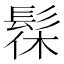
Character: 髹